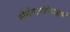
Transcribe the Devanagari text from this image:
तीर्थयात्राविवाहार्थ